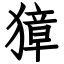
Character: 獐